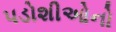
પડોશીઓનો